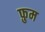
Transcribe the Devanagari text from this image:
फ़ुम